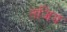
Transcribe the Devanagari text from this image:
तजिय